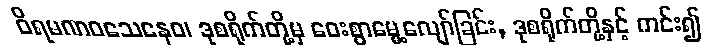
ဝိရမဏဝသေနေဝ၊ ဒုစရိုက်တို့မှ ဝေးစွာမွေ့လျော်ခြင်း, ဒုစရိုက်တို့နှင့် ကင်း၍